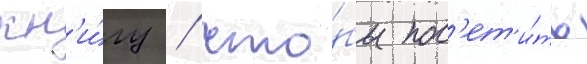
кн'и́гу / что́бы пос'ет'и́ть